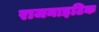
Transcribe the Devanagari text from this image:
राजनाइटिक